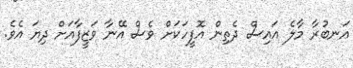
އަނބުރާ މާލެ އައިސް ދެތިން އޮފީހަކަށް ވެސް އޭނާ ވަޒީފާއަށް ދިޔަ އެވެ.